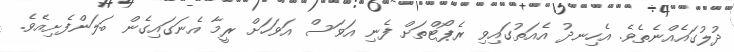
ދުލުގައެއްނެތެވެ. އެހިނދު އެއަތުގައިވި ރެޕޯޓްތަށް ފެނި އަވަސް އަވަހަށް ރީމާ އެނަގައިގެން ބަލަންފެށިއެވެ.